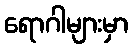
ရောဂါများမှာ